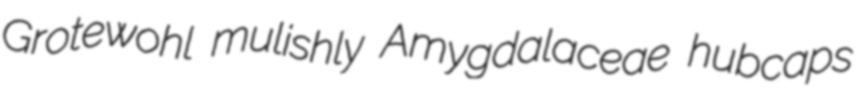
Grotewohl mulishly Amygdalaceae hubcaps